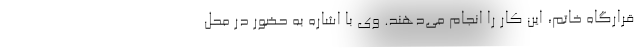
قرارگاه خاتم، این کار را انجام می‌دهند. وی با اشاره به حضور در محل